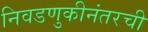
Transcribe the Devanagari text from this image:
निवडणुकीनंतरची